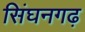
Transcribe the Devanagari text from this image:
सिंघनगढ़